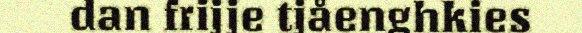
dan frijje tjåenghkies